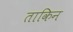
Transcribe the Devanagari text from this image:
ताकिन